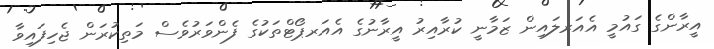
އީރާންގެ ގައުމީ އެއަރލައިން ޒަމާނީ ކުރާއިރު އީރާނުގެ އެއަރޕޯޓްތަކުގެ ފެންވަރުވެސް މަތިކުރަން ޖެހިފައިވާ